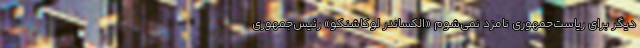
دیگر برای ریاست‌جمهوری نامزد نمی‌شوم «الکساندر لوکاشنکو» رئیس‌جمهوری